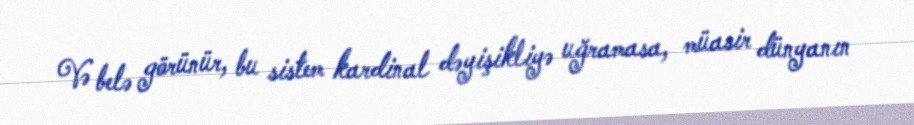
Və belə görünür, bu sistem kardinal dəyişikliyə uğramasa, müasir dünyanın